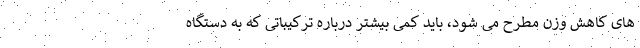
های کاهش وزن مطرح می شود، باید کمی بیشتر درباره ترکیباتی که به دستگاه